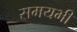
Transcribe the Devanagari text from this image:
समयभी